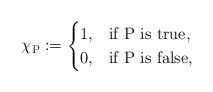
\begin{align*} \chi_{\textrm P}:= \begin{cases} 1, & \textrm{if P is true}, \\ 0, & \textrm{if P is false}, \end{cases}\end{align*}